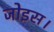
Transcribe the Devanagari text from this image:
जोइस।